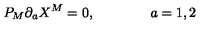
P _ { M } \partial _ { a } X ^ { M } = 0 , \qquad \qquad a = 1 , 2